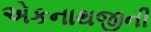
એકનાથજીની